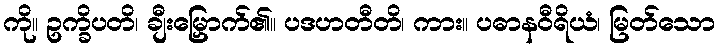
ကို။ ဥက္ခိပတိ၊ ချီးမြှောက်၏။ ပဒဟတီတိ၊ ကား။ ပဓာနဝီရိယံ၊ မြတ်သော